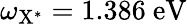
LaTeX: \omega_{\mathrm{{X^{*}}}}=1.386~\mathrm{{eV}}